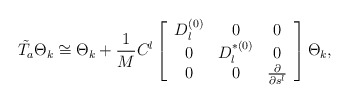
\begin{align*}\tilde{T_a} \Theta_{k} \cong \Theta_{k} + \frac{1}{M} C^l\left[ \begin{array}{ccc}D^{(0)}_l & 0 & 0 \\0 & D^{\ast(0)}_l &0 \\0 & 0 & \frac{\partial}{\partial s^l}\end{array}\right] \Theta_{k},\end{align*}